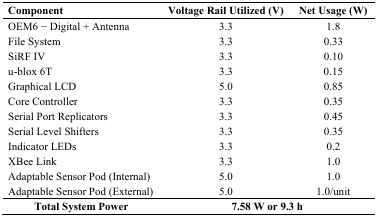
<table><thead><tr><td><b>Component</b></td><td><b>Voltage Rail Utilized (V)</b></td><td><b>Net Usage (W)</b></td></tr></thead><tbody><tr><td>OEM6 − Digital + Antenna</td><td>3.3</td><td>1.8</td></tr><tr><td>File System</td><td>3.3</td><td>0.33</td></tr><tr><td>SiRF IV</td><td>3.3</td><td>0.10</td></tr><tr><td>u-blox 6T</td><td>3.3</td><td>0.15</td></tr><tr><td>Graphical LCD</td><td>5.0</td><td>0.85</td></tr><tr><td>Core Controller</td><td>3.3</td><td>0.35</td></tr><tr><td>Serial Port Replicators</td><td>3.3</td><td>0.45</td></tr><tr><td>Serial Level Shifters</td><td>3.3</td><td>0.35</td></tr><tr><td>Indicator LEDs</td><td>3.3</td><td>0.2</td></tr><tr><td>XBee Link</td><td>3.3</td><td>1.0</td></tr><tr><td>Adaptable Sensor Pod (Internal)</td><td>5.0</td><td>1.0</td></tr><tr><td>Adaptable Sensor Pod (External)</td><td>5.0</td><td>1.0/unit</td></tr><tr><td><b>Total System Power</b></td><td colspan="2"><b>7.58 W or 9.3 h</b></td></tr></tbody></table>